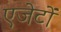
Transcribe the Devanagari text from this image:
एजेटों